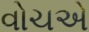
વોચએ